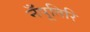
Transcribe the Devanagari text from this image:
नँपूतिरि